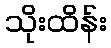
သိုးထိန်း